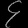
Digit: ၄